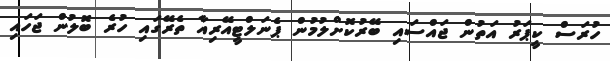
ހުރަސް ކީޕަރު އަތުން ޖައްސައި ބޭރުކޮށްލުމުން ޕެނަލްޓީއޭރިއާ ތެރޭގައި ހުރެ ބޮލުން ޖަހައި